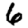
Digit: 6